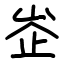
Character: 峜